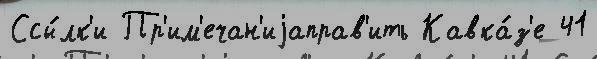
Ссы́лк'и Пр'им'ечан'иjаправ'ить Кавка́з'е 41